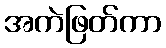
အကဲဖြတ်ကာ